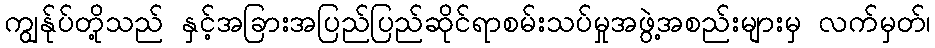
ကျွန်ုပ်တို့သည် နှင့်အခြားအပြည်ပြည်ဆိုင်ရာစမ်းသပ်မှုအဖွဲ့အစည်းများမှ လက်မှတ်၊